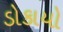
ડોકાયો